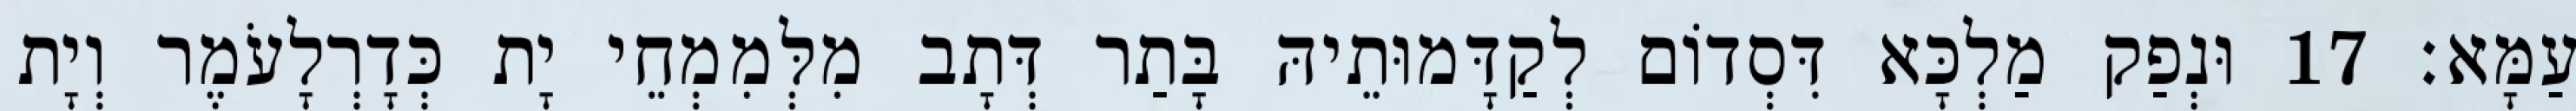
עַמָּא׃ 17 וּנְפַק מַלְכָּא דִּסְדוֹם לְקַדָּמוּתֵיהּ בָּתַר דְּתָב מִלְּמִמְחֵי יָת כְּדָרְלָעֹמֶר וְיָת